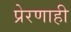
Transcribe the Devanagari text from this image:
प्रेरणाही